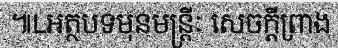
៕Lអត្ថបទមុនមន្ត្រីៈ សេចក្តីព្រាង